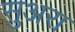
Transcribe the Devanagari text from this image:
सुअरा